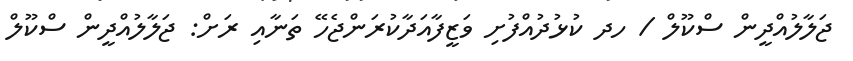
ޖަލާލުއްދީން ސްކޫލް / ހދ ކުޅުދުއްފުށި ވަޒީފާއަދާކުރަންޖެހޭ ތަނާއި ރަށް: ޖަލާލުއްދީން ސްކޫލް